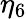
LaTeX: \eta_{6}